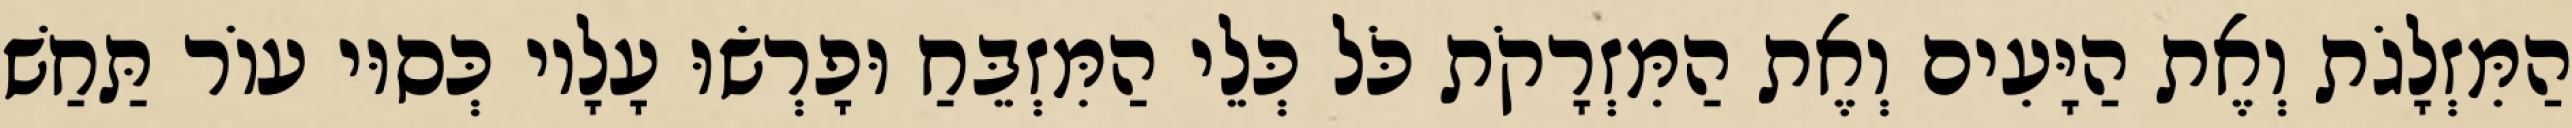
הַמִּזְלָגֹת וְאֶת הַיָּעִים וְאֶת הַמִּזְרָקֹת כֹּל כְּלֵי הַמִּזְבֵּחַ וּפָרְשׂוּ עָלָיו כְּסוּי עוֹר תַּחַשׁ